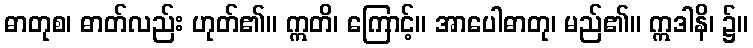
ဓာတုစ၊ ဓာတ်လည်း ဟုတ်၏။ ဣတိ၊ ကြောင့်။ အာပေါဓာတု၊ မည်၏။ ဣဒါနိ၊ ၌။